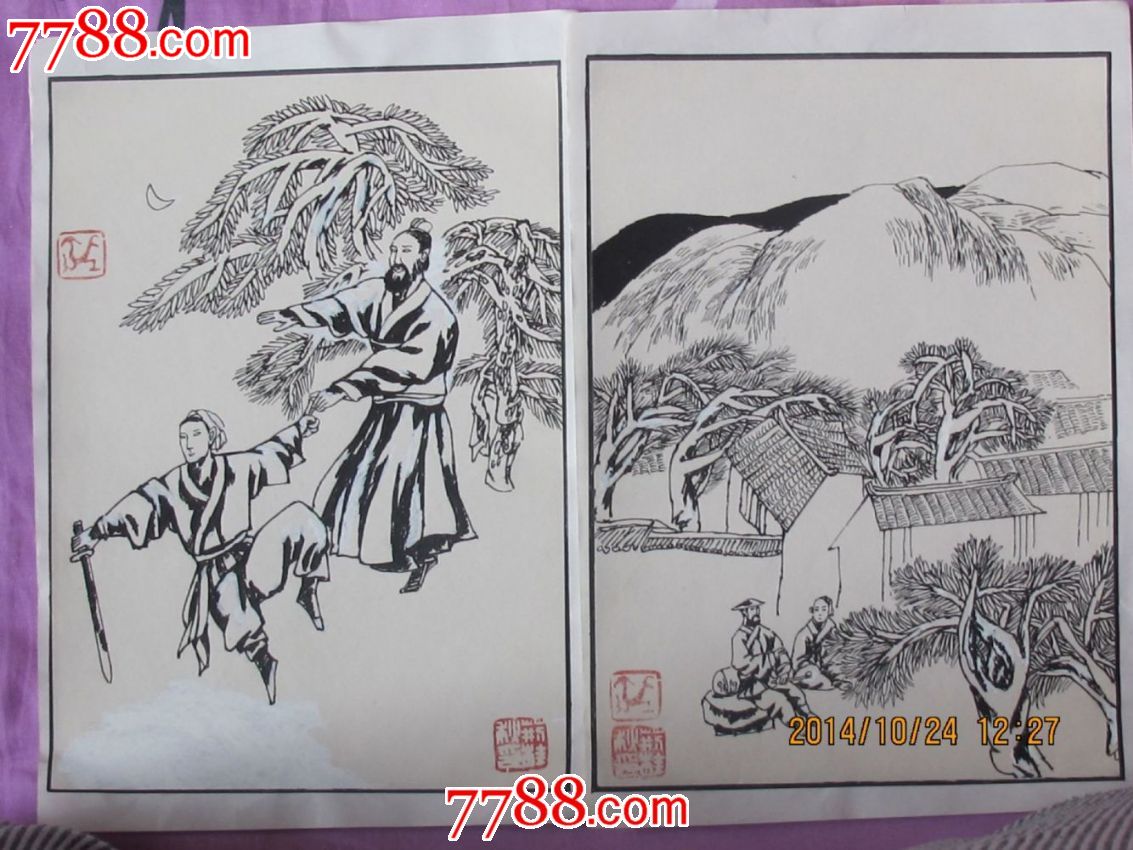
日入室中暗，荆薪代明烛。